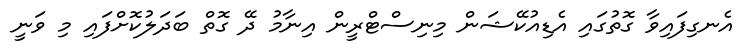
އެނގިފައިވާ ގޮތުގައި އެޑިއުކޭޝަން މިނިސްޓްރީން އިނާމު ދޭ ގޮތް ބަދަލުކޮށްފައި މި ވަނީ